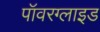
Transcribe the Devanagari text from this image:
पॉवरग्लाइड